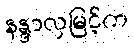
နန္ဒာလှမြင့်က